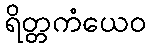
ရိတ္တကံယေဝ